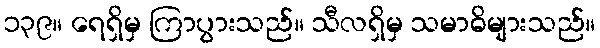
၁၃၉။ ရေရှိမှ ကြာပွားသည်။ သီလရှိမှ သမာဓိများသည်။